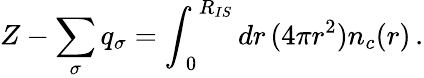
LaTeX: Z-\sum_{\sigma}q_{\sigma}=\int_{\, 0}^{\, R_{IS}}dr\, (4\pi r^{2})n_{c}(r)\, .